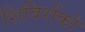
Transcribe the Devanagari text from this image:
शिविरोंको